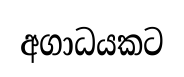
අගාධයකට